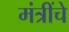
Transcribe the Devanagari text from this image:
मंत्रींचे